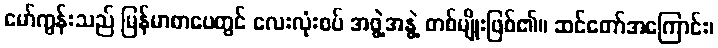
မော်ကွန်းသည် မြန်မာစာပေတွင် လေးလုံးစပ် အဖွဲ့အနွဲ့ တစ်မျိုးဖြစ်၏။ ဆင်တော်အကြောင်း၊